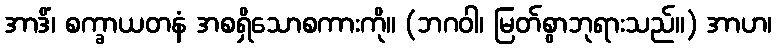
အာဒိံ၊ စက္ခာယတနံ အစရှိသောစကားကို။ (ဘဂဝါ၊ မြတ်စွာဘုရားသည်။) အာဟ၊